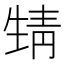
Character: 𩇛